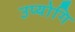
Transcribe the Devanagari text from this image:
उप्योगि